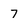
Character: 7